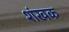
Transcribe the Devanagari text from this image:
शंखक